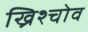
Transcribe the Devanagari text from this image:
ख्रिश्चोव